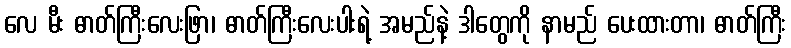
လေ မီး ဓာတ်ကြီးလေးဖြာ၊ ဓာတ်ကြီးလေးပါးရဲ့ အမည်နဲ့ ဒါတွေကို နာမည် ပေးထားတာ၊ ဓာတ်ကြီး